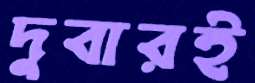
দুবারই